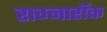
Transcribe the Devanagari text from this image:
राग्नारॉक